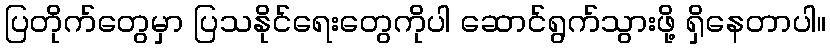
ပြတိုက်တွေမှာ ပြသနိုင်ရေးတွေကိုပါ ဆောင်ရွက်သွားဖို့ ရှိနေတာပါ။